Report on the administration of the Government Cinchona Department 1892-98
Year: 1892
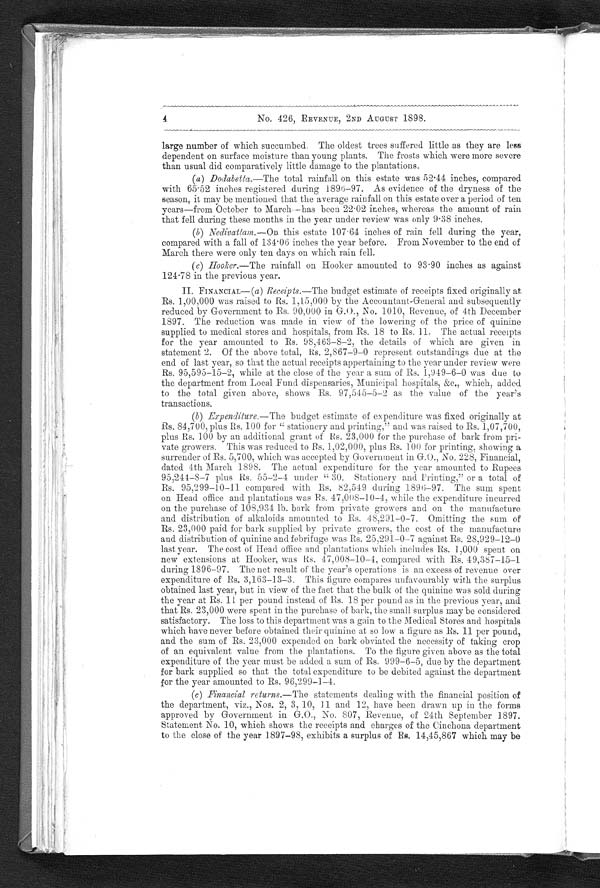
4
No. 426, REVENUE, 2ND AUGUST 1898.
large number of which succumbed. The oldest trees suffered little as they are less
dependent: on surface moisture than young plants. The frosts which were more severe
than usual did comparatively little damage to the plantations.
(a) Dodabetta.—The
total rainfall on this estate was 52 44 inches, compared
with 65 52 inches registered during 1896–97. As evidence of the dryness of the
season, it may be mentioned that the average rainfall on this estate over a period of ten
years—from October to March—has been 22 02 itches, whereas the amount of rain
that fell during these months in the year under review was only 9 38 inches.
(b) Nedivattam.—On
this estate 107 . 64 inches of rain fell during the year,
compared with a fall of 134 06 inches the year before. From November to the end of
March there were only ten days on which rain fell.
(c)
Hooker.—The rainfall on Hooker amounted to 93 90 inches as against
124 . 78 in the previous year.
II. FINANCIAL—( a ) Receipts.—The budget estimate of receipts fixed originally at
Rs. 1,00,000 was raised to Rs. 1,15,000 by the Accountant-General and subsequently
reduced by Government to Rs. 90,000 in G.O., No. 1010, Revenue, of 4th December
1897. The reduction was made in view of the lowering of the price of quinine
supplied. to medical stores and hospitals, from Rs. 18 to Rs. 11. The actual receipts
for the year amounted to Rs. 98,463–8–2, the details of which are given in
statement 2. Of the above total, Rs. 2,867–9–0 represent outstandiugs due at the
end of last year, so that the actual receipts appertaining to the year under review were
Rs. 95,59.5–15–2, while at the close of the year a sum of Rs. 1,949–6–0 was due to
the department from Local Fund dispensaries, Municipal hospitals, &amp;c., which, added
to the total given above, shows Rs. 97,545–5–2 as the value of the year's
transactions.
(b)
Expenditure.—The budget estimate of eapenditure was fixed originally at
Rs. 84,700, plus Rs. 100 for " stationery and printing," and was raised to Rs. 1,07,700,
plus Rs. 100 by an additional grant of Rs. 23,000 for the purchase of bark from pri-
vate growers. This was reduced to Rs. 1,02,000, plus Rs. 100 for printing, showing a
surrender of Rs. 5,700, which was accepted by Government in G.O., No. 228, Financial,
dated 4th March 1898. The actual expenditure for the year amounted to Rupees
95,244–8–7 plus Rs. 55–2–4 under " 30. Stationery and Printing," or a total of
Rs. 95,299–10–11 compared with Rs. 82,549 during 1896–97. The sum spent
on Head office and plantations was Rs. 47,008–10–4, while the expenditure incurred
on the purchase of 108,934 lb. bark from private growers and on the manufacture
and distribution of alkaloids amounted to Rs. 48,291–0–7. Omitting the sum of
Rs. 23,000 paid for bark supplied by private growers, the cost of the manufacture
and distribution of quinine and febrifuge was Rs. 25,291–0–7 against Rs. 28,929–12–0
last year. The cost of Head office and plantations which includes Rs. 1,000 spent on
new extensions at Hooker, was Rs. 47,008–10–4, compared with Rs. 49,387–15–1
during 1896–97. The net result of the year's operations is an excess of revenue over
expenditure of Rs. 3,163–13–3. This figure compares unfavourably with the surplus
obtained last year, but in view of the fact that the bulk of the quinine was sold during
the year at Rs. 11 per pound instead of Rs. 18 per pound as in the previous year, and
that Rs. 23,000 were spent in the purchase of bark, the small surplus may be considered
satisfactory. The loss to this department was a gain to the Medical Stores and hospitals
which have never before obtained their quinine at so low a figure as Rs. 11 per pound,
and the sum of Rs. 23,000 expended on bark obviated the necessity of taking crop
of an equivalent value from the plantations. To the figure given above as the total
expenditure of the year must be added a sum of Rs. 909–6–5, due by the department
for bark supplied so that the total expenditure to be debited against the department
for the year amounted to Rs. 96,299–1–4.
(c)
Financial returns.— The statements dealing with the financial position of
the department, viz., Nos. 2, 3, 10, 11 and 12, have been drawn up in the forms
approved by Government in G.O., No. 807, Revenue, of 24th September 1897.
Statement No. 10, which shows the receipts and charges of the Cinchona department
to the close of the year 1897–98, exhibits a surplus of Rs. 14,45,867 which may be